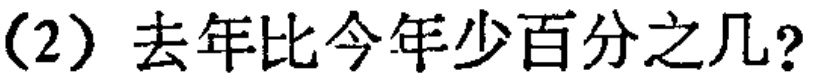
(2) 去年比今年少百分之几?